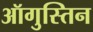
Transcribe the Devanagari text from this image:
ऑगुस्तिन